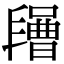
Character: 𣍔